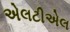
એલટીએલ